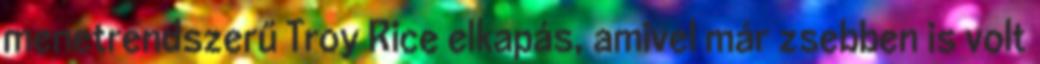
menetrendszerű Troy Rice elkapás, amivel már zsebben is volt